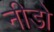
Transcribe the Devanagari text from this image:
नीडो